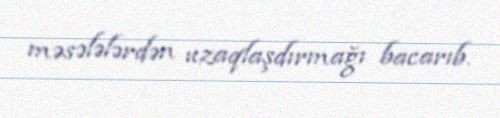
məsələlərdən uzaqlaşdırmağı bacarıb.